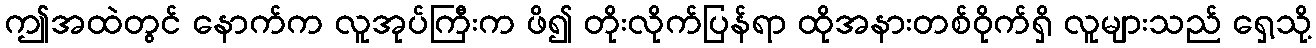
ဤအထဲတွင် နောက်က လူအုပ်ကြီးက ဖိ၍ တိုးလိုက်ပြန်ရာ ထိုအနားတစ်ဝိုက်ရှိ လူများသည် ရှေ့သို့